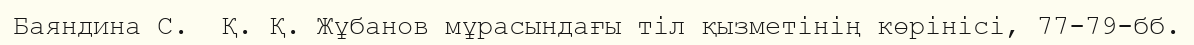
Баяндина С.  Қ. Қ. Жұбанов мұрасындағы тіл қызметінің көрінісі, 77-79-бб.